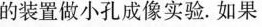
的装置做小孔成像实验。如果